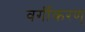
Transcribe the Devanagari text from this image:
वर्गीकरण्